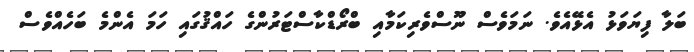
ބަލާ ފިޔަވަޅު އެޅޭއެވެ. ނަމަވެސް ނޫސްވެރިކަމާއި ބްރޯޑްކާސްޓަރުންގެ ހައްޤުގައި ހަމަ އެންމެ ބަހެއްވެސް